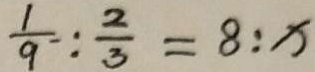
\frac { 1 } { 9 } : \frac { 2 } { 3 } = 8 : x